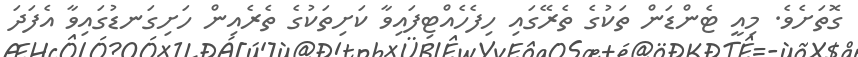
ގޮތަށެވެ. މިއީ ޓެންޑަން ތަކުގެ ތެރޭގައި ހިފެހެއްޓިފައިވާ ކަށިތަކުގެ ތެރެއިން ހަށިގަނޑުގައިވާ އެފަދަ